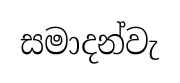
සමාදන්වැ